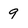
Character: 9